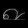
Digit: ၈